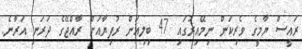
ރައީސް ޔާމީގެ ވެރިކަން ނިމޭއިރުގައި 47 ބިލިއަން ރުފިޔާއަށް ރާއްޖޭގެ ދަރަނި އަރާނެ.